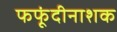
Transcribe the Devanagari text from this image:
फफूंदीनाशक